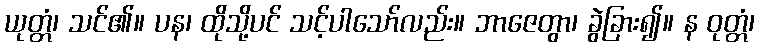
ယုတ္တံ၊ သင်၏။ ပန၊ ထိုသို့ပင် သင့်ပါသော်လည်း။ ဘာဇေတွာ၊ ခွဲခြား၍။ န ဝုတ္တံ၊